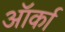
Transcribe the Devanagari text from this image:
ऑर्का